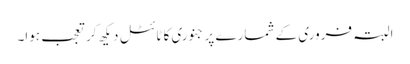
البتہ فروری کے شمارے پر جنوری کا ٹائٹل دیکھ کر تعجب ہوا۔